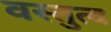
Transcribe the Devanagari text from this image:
वस्तुत्व